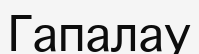
Гапалау